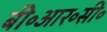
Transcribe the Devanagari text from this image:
बी॰आर॰सी॰